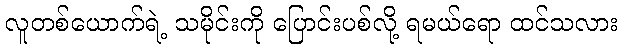
လူတစ်ယောက်ရဲ့ သမိုင်းကို ပြောင်းပစ်လို့ ရမယ်ရော ထင်သလား